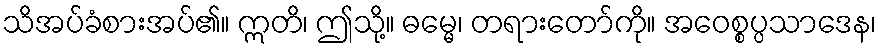
သိအပ်ခံစားအပ်၏။ ဣတိ၊ ဤသို့။ ဓမ္မေ၊ တရားတော်ကို။ အဝေစ္စပ္ပသာဒေန၊